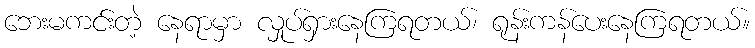
ဘေးမကင်းတဲ့ နေရာမှာ လှုပ်ရှားနေကြရတယ်၊ ရုန်းကန်ပေးနေကြရတယ်။